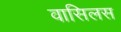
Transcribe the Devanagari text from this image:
वासिलस